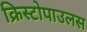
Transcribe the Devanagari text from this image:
क्रिस्टोपाउलस